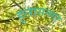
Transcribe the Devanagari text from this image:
हुलासनगर